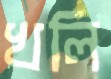
খলি